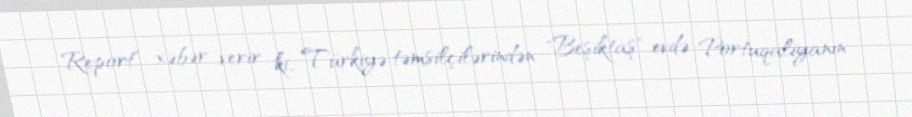
Report" xəbər verir ki, Türkiyə təmsilçilərindən "Beşiktaş" evdə Portuqaliyanın